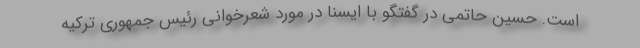
است. حسین حاتمی در گفتگو با ایسنا در مورد شعرخوانی رئیس جمهوری ترکیه